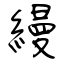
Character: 縵